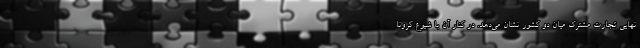
نهایی تجارت مشترک میان دو کشور نشان می‌دهد. در کنار آن با شیوع کرونا